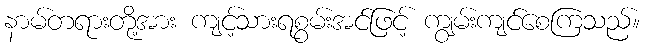
နာမ်တရားတို့အား ကျင့်သားရစွမ်းအင်ဖြင့် ကျွမ်းကျင်စေကြသည်။